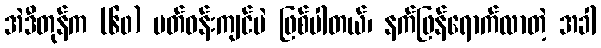
အဲဒီတုန်က (၆၀) ပတ်ဝန်းကျင်ပဲ ဖြစ်ပါတယ်၊ နက်ဖြန်ရောက်လာတဲ့ အခါ